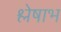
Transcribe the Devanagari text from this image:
श्लेषाभ